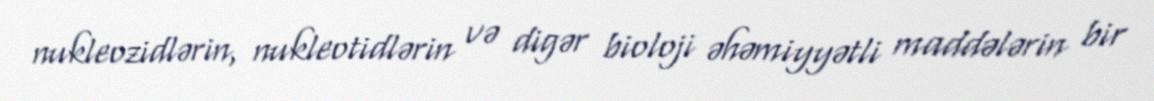
nukleozidlərin, nukleotidlərin və digər bioloji əhəmiyyətli maddələrin bir